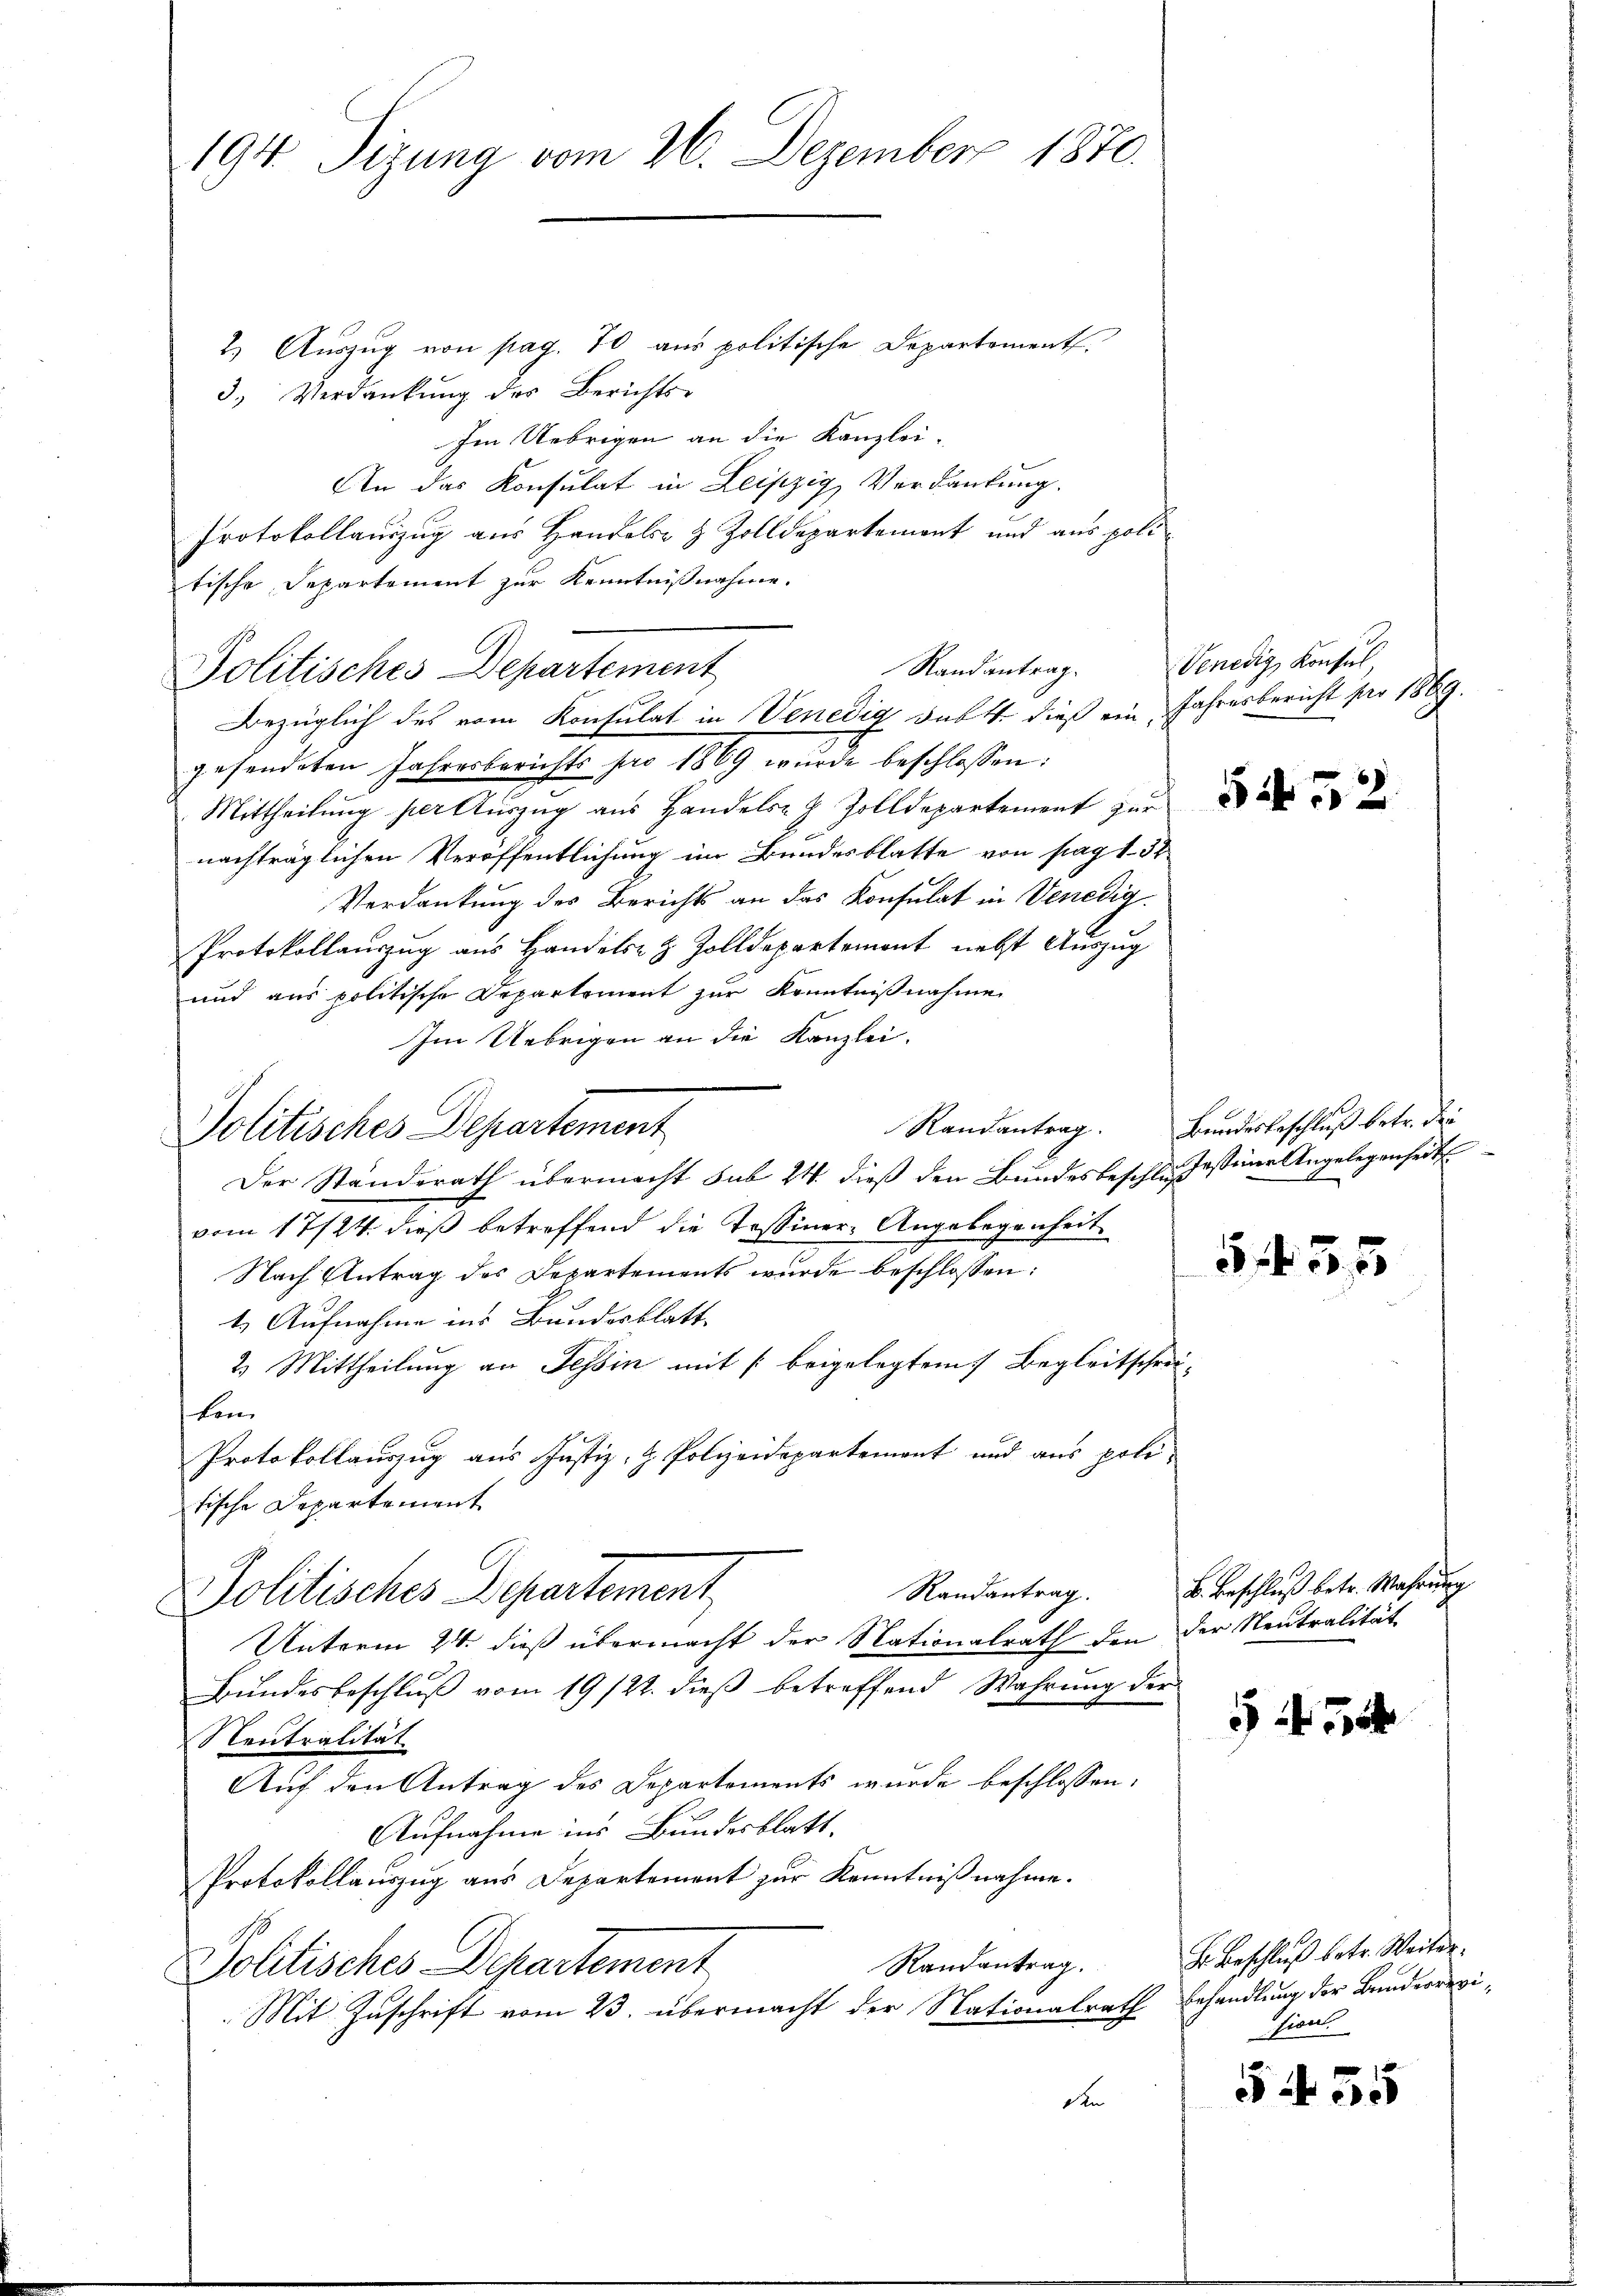
194. Sizung vom 26. Dezember 1870.

2) Auszug von pag. 70 aus politische Departement.
3. Verdankŭng des Berichts-
Im Uebrigen an die Kanzlei-
An das Konsulat in Leipzig Verdankung.
Protokollauszug aus Handole & Zolldepartement und aus politische Departement zur Kenntnißnahme.
Politisches Departement
gesendeten Jahresberichts pro 1889 wurde beschlossen:
Mittheilung per Auszug aus Handels- & Zolldepartement zur
nachträglichen Veröffentlichung im Bundesblatte von pag. 151
Verdankung des Berichts an das Konsulat in Venedig¬
Protokollauszug aus Handels- & Zolldepartement nebst Auszug
und aus politische Departement zur Kenntnißnahme
Im Uebrigen an die Kanzlei.
Der Standerath übermacht sub 24. dieß den Bundesbeschlussesseine Angelegenheit
vom 17/24. dieß betreffend die Tessiner-Angelegenheit
Nach Antrag des Departements wurde beschlossen:
1. Aufnahme ins Bundesblatt
2. Mittheilung an Tessin mit /: beigelegtem Begleitschreikon
Protokollauszug aus Justiz- & Polizeidepartement und aus politische Departement
Randantrag.
Politisches Departement
Unterm 24. dieß übermacht der Nationalrath den der Neutralität
Bundesbeschluß vom 19/22. dieß betreffend Wahrung der
Neutralität
Auf den Antrag des Departements wurde beschlossen:
Aufnahme ins Bundesblatt.
Protokollauszug aus Departement zur Kenntnißnahme.
Randantrag.
Politisches Departement
Mit Zuschrift vom 23. übermacht der Nationalrath
den

Politisches Departement

Randantrag.
Bezüglich des vom Konsulat in Venedig dartt. dieß ein Jahresbericht pro 1869.

Venedig, Konsul

545

Randantrag. Bundesbeschluß betr. die

5 f 55

543.

B. Beschluß betr. Wahrung

H. Beschluß betr. Weiter
Behandlung der Bunderregision.

5455